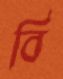
বি